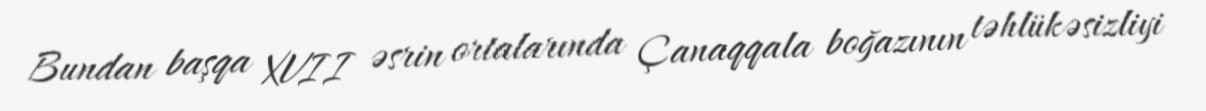
Bundan başqa XVII əsrin ortalarında Çanaqqala boğazının təhlükəsizliyi